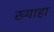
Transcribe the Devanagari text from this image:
ख्याहा